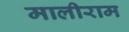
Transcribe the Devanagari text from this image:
मालीराम